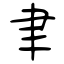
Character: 聿